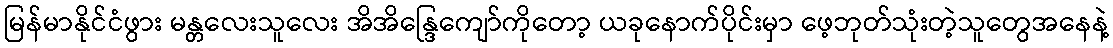
မြန်မာနိုင်ငံဖွား မန္တလေးသူလေး အိအိန္ဒြေကျော်ကိုတော့ ယခုနောက်ပိုင်းမှာ ဖေ့ဘုတ်သုံးတဲ့သူတွေအနေနဲ့